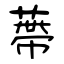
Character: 蔕